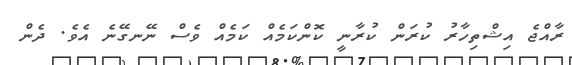
ރާއްޖެ އިޝްތިހާރު ކުރަން ކުރާނީ ކޮންކަމެއް ކަމެއް ވެސް ނޭނގޭނެ އެވެ. ދެން